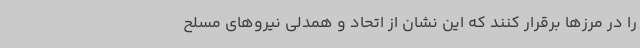
را در مرزها برقرار کنند که این نشان از اتحاد و همدلی نیروهای مسلح